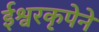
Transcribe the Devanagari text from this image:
ईश्वरकृपेने